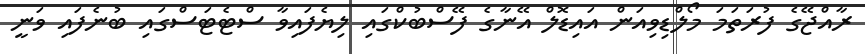
ރާއްޖޭގެ ފުރަތަމަ މޯލްޑިވިއަން އައިޑޮލް އޭނާގެ ފޭސްބުކްގައި ލިޔެފައިވާ ސްޓެޓަސްގައި ބުނެފައި ވަނީ